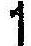
1